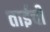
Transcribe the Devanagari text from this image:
ताईची